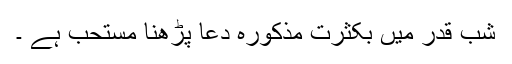
شبِ قدر میں بکثرت مذکورہ دعا پڑھنا مستحب ہے ۔